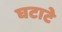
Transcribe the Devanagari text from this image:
घटाटे